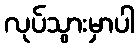
လုပ်သွားမှာပါ